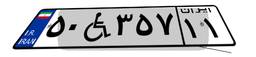
۴۴W۴۰۴۵۲